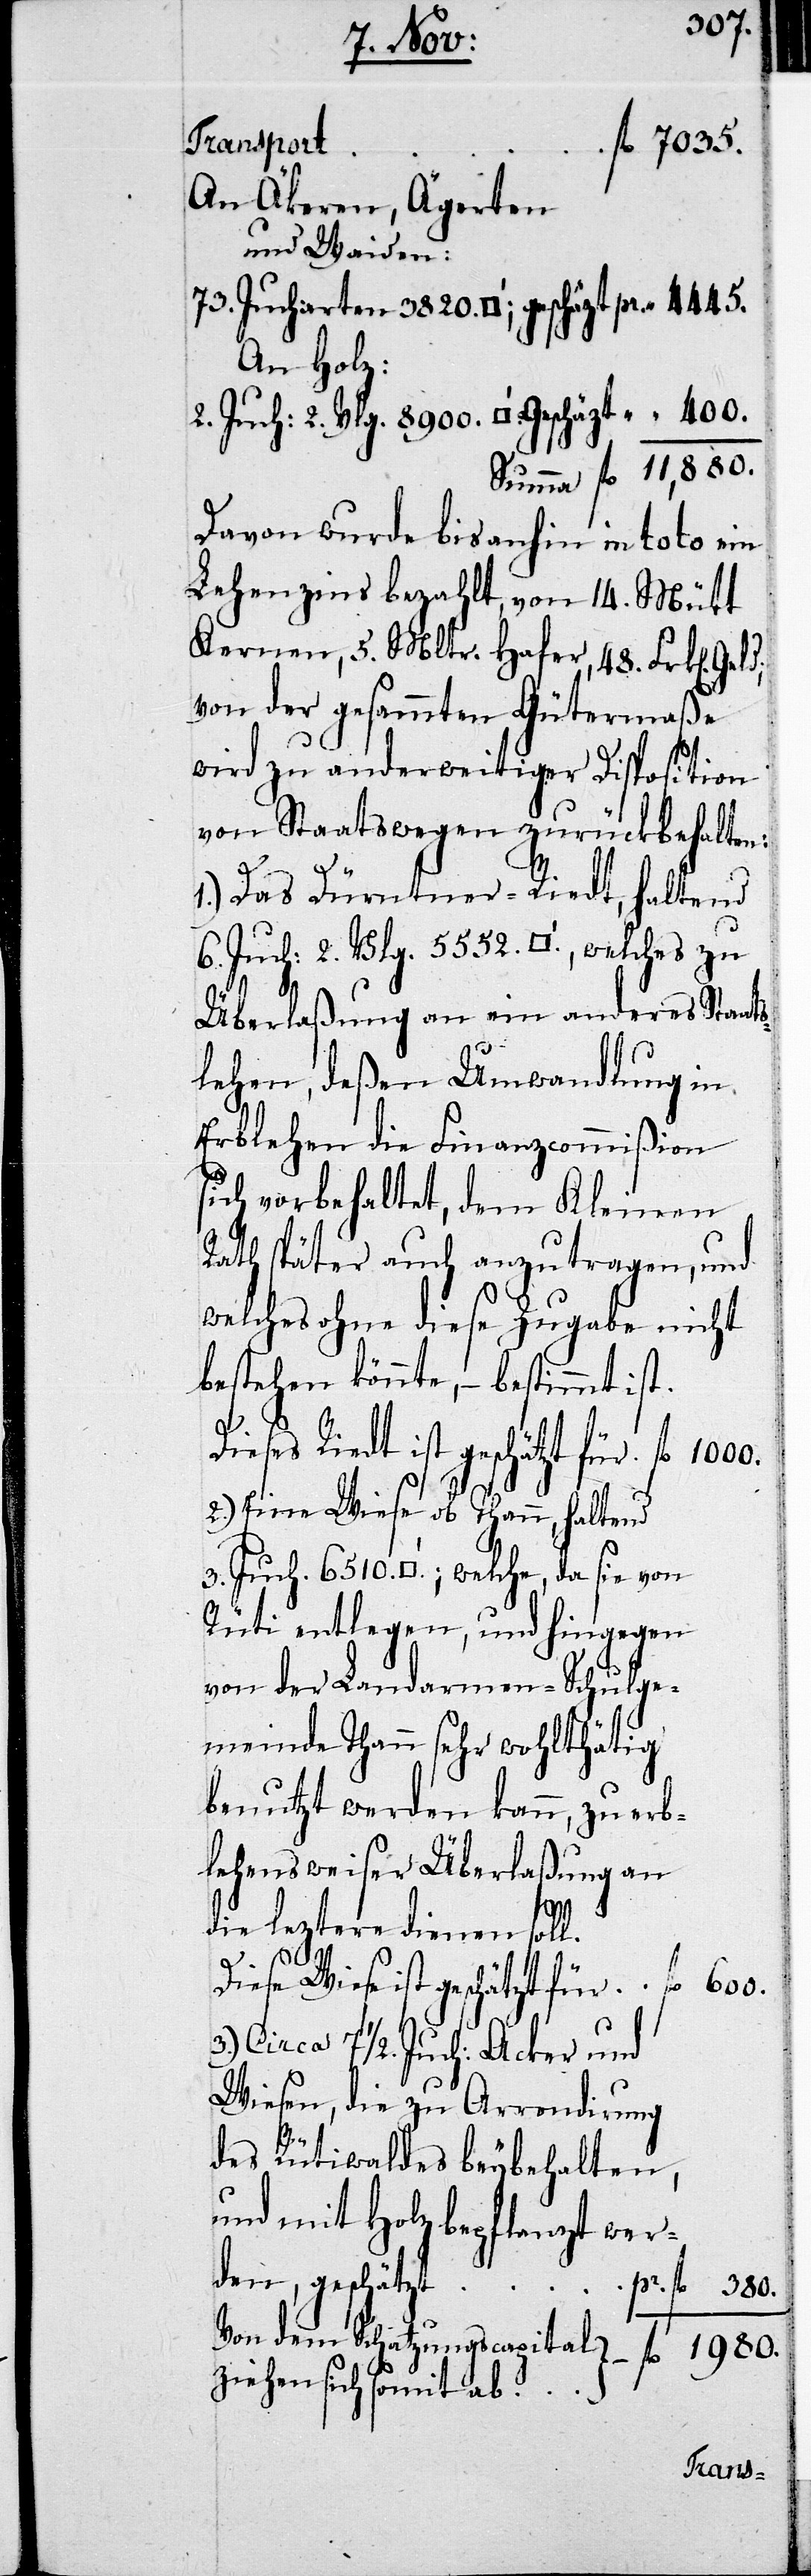
An Äkeren, Ägerten
und Waiden:
73. Jucharten 3820. (’; geschätzt 	per „ 4445.
An Holz:
2. Juch: 2. Vlg. 8900. (’, geschätzt	 „ 400.
Summa fl. 11,880.
Davon wurde bis anhin in toto ein
Lehenzins bezahlt, von 14. Mütt
Kernen, 5. Mltr. Hafer, 48. Frken Geld;
von der gesammten Gütermaße
wird zu anderweitiger Disposition
von Staatswegen zurückbehalten:
1.) Das Dürntner-Riedt, haltend
6. Juch: 2. Vlg. 5552. (’., welches zu
Überlaßung an ein anderes Staats¬
lehen, deßen Umwandlung in
Erblehen die Finanzcommißion
sich vorbehaltet, dem Kleinen
Rath später auch anzutragen, und
welches ohne diese Zugabe nicht
bestehen könnte, – bestimmt ist.
Dieses Riedt ist geschätzt für	fl.
2.) Eine Wiese ob Thann, haltend
3. Juch. 6510 (’.; welche, da sie von
Rüti entlegen, und hingegen
von der Landarmen-Schulge¬
meinde Thann sehr wohlthätig
benutzt werden kann, zu erb¬
lehensweiser Überlaßung an
die leztere dienen soll.
l. 1980.
Diese Wiese ist geschätzt für	fl. 600.
3.) Circa 7 ½ Juch: Acker und
Wiesen, die zu Arrondirung
des Rütiwaldes beybehalten,
und mit Holz bepflanzt wer¬
den, geschätzt	pr. fl. 380.
Von dem Schatzungscapital z¬
iehen sich somit ab	f¬